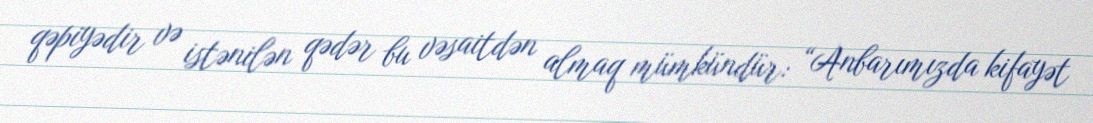
qəpiyədir və istənilən qədər bu vəsaitdən almaq mümkündür: “Anbarımızda kifayət